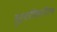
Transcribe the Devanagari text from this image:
घुशींवरील